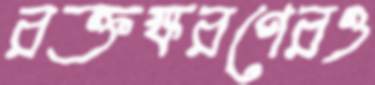
রক্তক্ষরণেরও